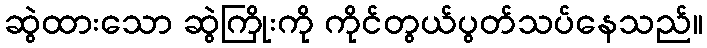
ဆွဲထားသော ဆွဲကြိုးကို ကိုင်တွယ်ပွတ်သပ်နေသည်။